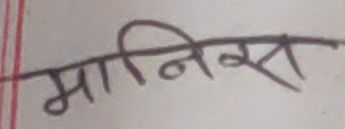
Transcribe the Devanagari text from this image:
मानिस